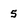
Character: 5